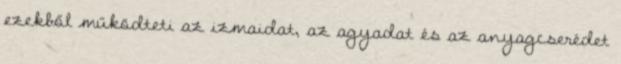
ezekből működteti az izmaidat, az agyadat és az anyagcserédet